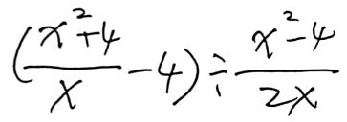
( \frac { x ^ { 2 } + 4 } { x } - 4 ) \div \frac { x ^ { 2 } - 4 } { 2 x }